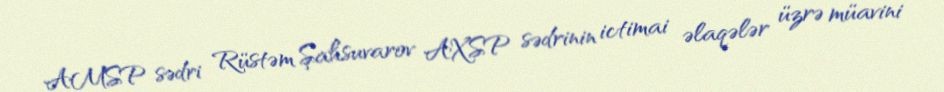
AMSP sədri Rüstəm Şahsuvarov AXSP sədrinin ictimai əlaqələr üzrə müavini